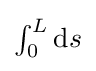
{\textstyle \int _{0}^{L}\mathrm {d} s}